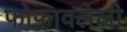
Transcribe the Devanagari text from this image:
फोफावलेली